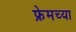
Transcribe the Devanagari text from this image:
फ्रेमच्या